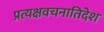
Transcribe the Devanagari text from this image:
प्रत्यक्षवचनातिदेश